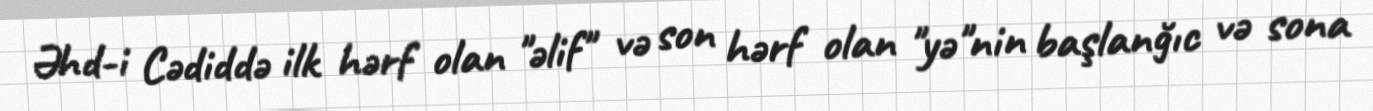
Əhd-i Cədiddə ilk hərf olan "əlif" və son hərf olan "yə"nin başlanğıc və sona